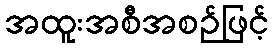
အထူးအစီအစဉ်ဖြင့်